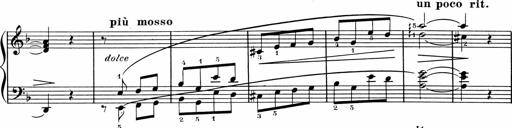
Title: 1Ã¨re Sonatine
Composer: FrÃ©dÃ©ric Binet